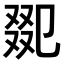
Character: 𠭋